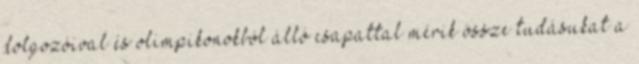
dolgozóival és olimpikonokból álló csapattal mérik össze tudásukat a